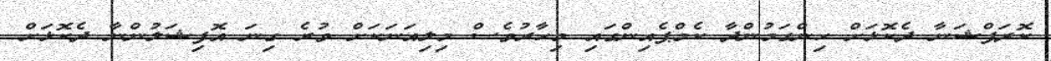
ކޮރަޕްޝަނާ ދެކޮޅަށް ހިންގަމުންދާ ކެމްޕެއިންގައި މިހާރުވެސް މިލިއަނަކަށް ވުރެ ގިނަ އޮފިޝަލުންނާ ދެކޮޅަށް